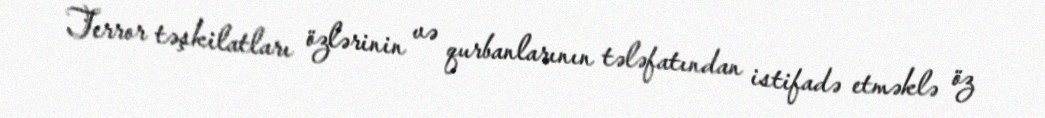
Terror təşkilatları özlərinin və qurbanlarının tələfatından istifadə etməklə öz